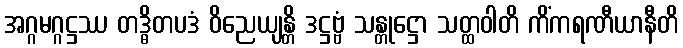
အဂ္ဂမဂ္ဂဋ္ဌဿ တဒ္ဓိတပဒံ ဝိညေယျန္တိ ဒဋ္ဌဗ္ဗံ သန္တုဋ္ဌော သတ္ထဝါတိ ကိံကရဏီယာနီတိ